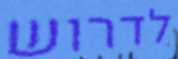
לדרוש